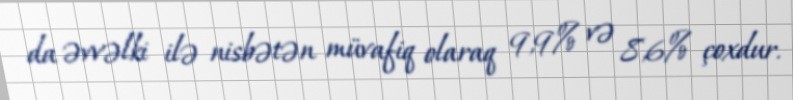
da əvvəlki ilə nisbətən müvafiq olaraq 9,9% və 8,6% çoxdur.